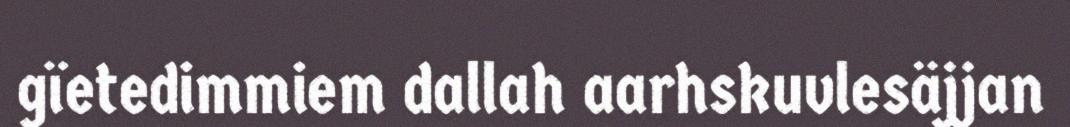
gïetedimmiem dallah aarhskuvlesäjjan